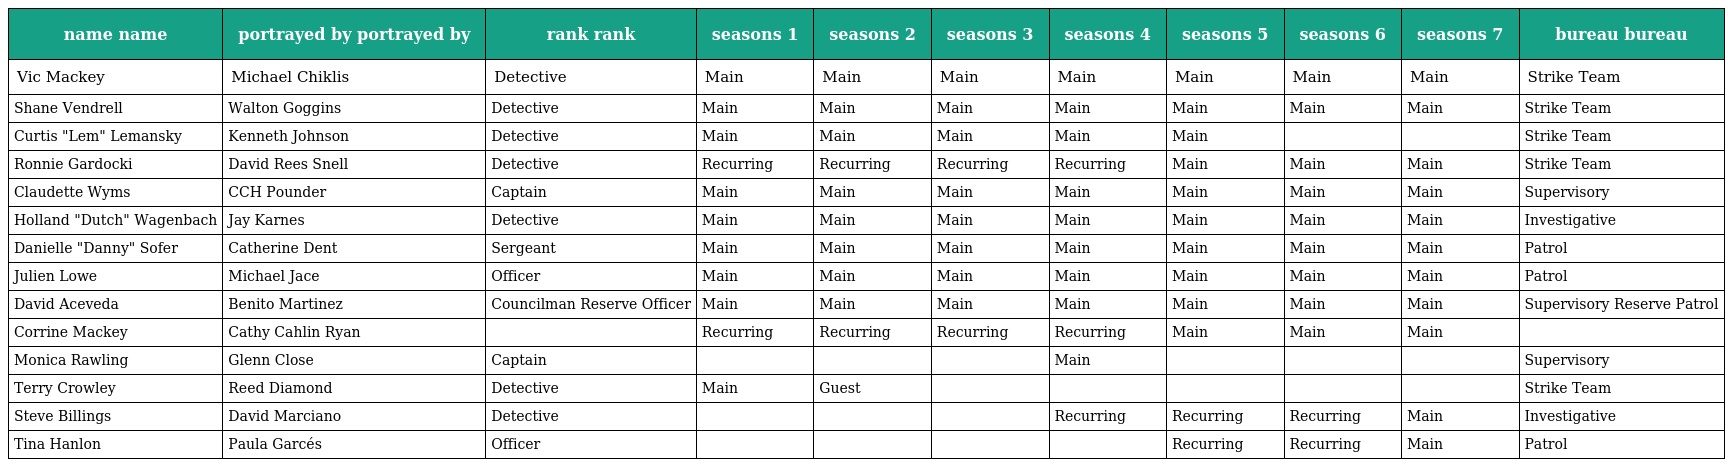
| name name | portrayed by portrayed by | rank rank | seasons 1 | seasons 2 | seasons 3 | seasons 4 | seasons 5 | seasons 6 | seasons 7 | bureau bureau |
 | --- | --- | --- | --- | --- | --- | --- | --- | --- | --- | --- |
 | Vic Mackey | Michael Chiklis | Detective | Main | Main | Main | Main | Main | Main | Main | Strike Team |
 | Shane Vendrell | Walton Goggins | Detective | Main | Main | Main | Main | Main | Main | Main | Strike Team |
 | Curtis "Lem" Lemansky | Kenneth Johnson | Detective | Main | Main | Main | Main | Main |  |  | Strike Team |
 | Ronnie Gardocki | David Rees Snell | Detective | Recurring | Recurring | Recurring | Recurring | Main | Main | Main | Strike Team |
 | Claudette Wyms | CCH Pounder | Captain | Main | Main | Main | Main | Main | Main | Main | Supervisory |
 | Holland "Dutch" Wagenbach | Jay Karnes | Detective | Main | Main | Main | Main | Main | Main | Main | Investigative |
 | Danielle "Danny" Sofer | Catherine Dent | Sergeant | Main | Main | Main | Main | Main | Main | Main | Patrol |
 | Julien Lowe | Michael Jace | Officer | Main | Main | Main | Main | Main | Main | Main | Patrol |
 | David Aceveda | Benito Martinez | Councilman Reserve Officer | Main | Main | Main | Main | Main | Main | Main | Supervisory Reserve Patrol |
 | Corrine Mackey | Cathy Cahlin Ryan |  | Recurring | Recurring | Recurring | Recurring | Main | Main | Main |  |
 | Monica Rawling | Glenn Close | Captain |  |  |  | Main |  |  |  | Supervisory |
 | Terry Crowley | Reed Diamond | Detective | Main | Guest |  |  |  |  |  | Strike Team |
 | Steve Billings | David Marciano | Detective |  |  |  | Recurring | Recurring | Recurring | Main | Investigative |
 | Tina Hanlon | Paula Garcés | Officer |  |  |  |  | Recurring | Recurring | Main | Patrol |